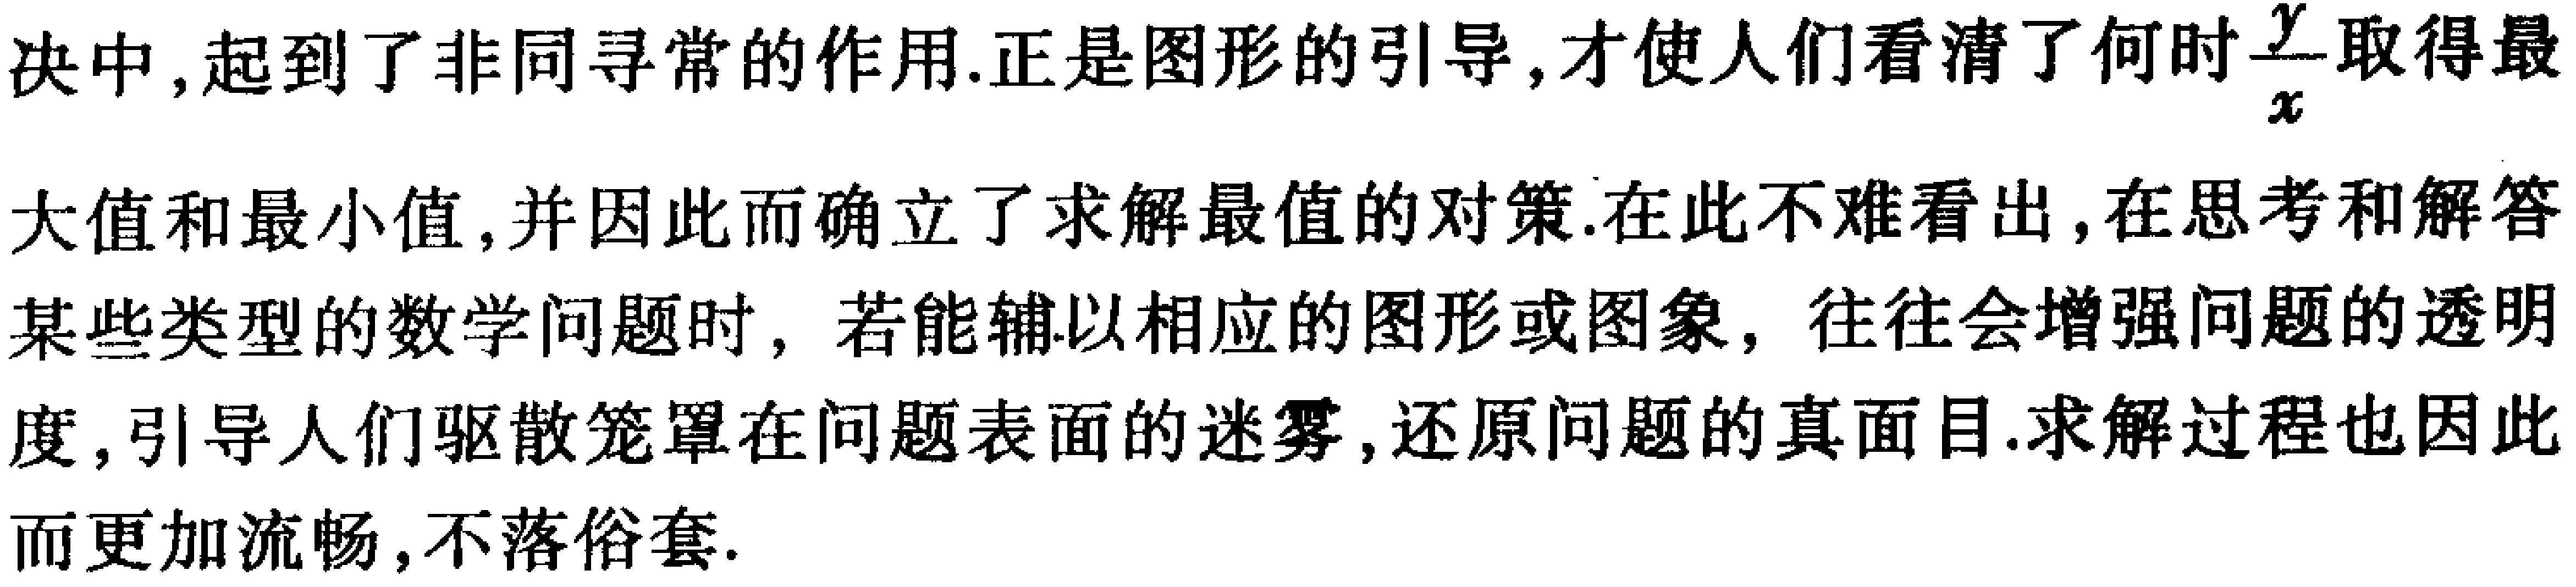
决中, 起到了非同寻常的作用. 正是图形的引导, 才使人们看清了何时$\frac{y}{x}$取得最大值和最小值, 并因此而确立了求解最值的对策. 在此不难看出, 在思考和解答某些类型的数学问题时, 若能辅以相应的图形或图象, 往往会增强问题的透明度, 引导人们驱散笼罩在问题表面的迷雾, 还原问题的真面目. 求解过程也因此而更加流畅, 不落俗套.